Problem: 22 + 44 = ?
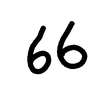
Handwritten answer: 66